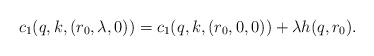
\begin{align*}c_1(q,k,(r_0,\lambda,0)) = c_1(q,k,(r_0,0,0)) + \lambda h(q,r_0).\end{align*}